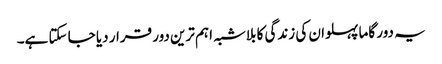
یہ دور گاما پہلوان کی زندگی کا بلاشبہ اہم ترین دور قرار دیا جا سکتا ہے۔